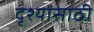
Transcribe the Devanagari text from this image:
दृश्यांसाठी